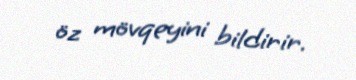
öz mövqeyini bildirir.